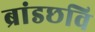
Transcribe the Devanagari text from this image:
ब्रांडछवि